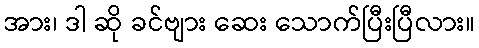
အား၊ ဒါ ဆို ခင်ဗျား ဆေး သောက်ပြီးပြီလား။